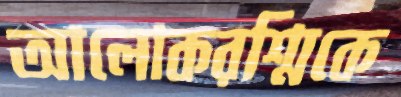
আলোকরশ্মিকে